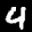
Label: 4